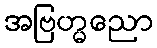
အဗြဟ္မညော